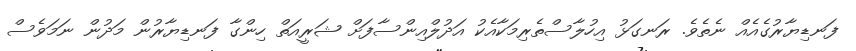
ފަނޑިޔާރުގެއެއް ނެތެވެ. ރަނގަޅު އިހުލާސްތެރިމަކާއެކު އަދުލްއިންސާފަށް ޝަރީއަތް ހިންގާ ފަނޑިޔާރުން މަދުން ނަމަވެސް